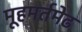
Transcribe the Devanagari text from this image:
मूहमर्तमेढ